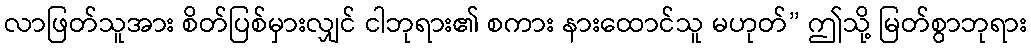
လာဖြတ်သူအား စိတ်ပြစ်မှားလျှင် ငါဘုရား၏ စကား နားထောင်သူ မဟုတ်” ဤသို့ မြတ်စွာဘုရား